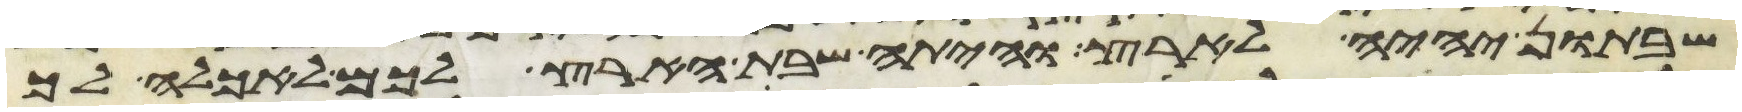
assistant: שבתון יהיה לארץ והיתה שבת הארץ לכם לאכלה לך